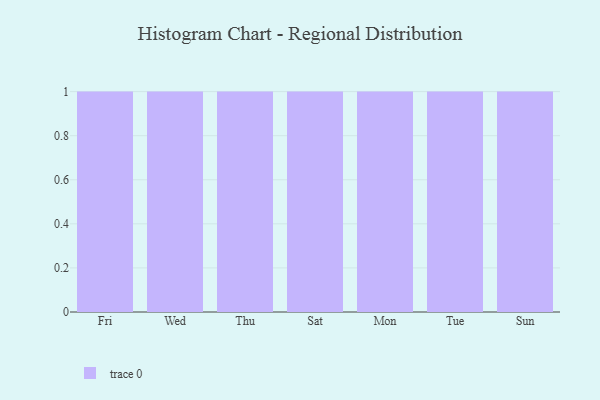
{"axis": {"x": "Day", "y": "Budget (USD K)"}, "legend": [""], "data": [{"x": "Fri", "y": 54, "type": ""}, {"x": "Wed", "y": 95, "type": ""}, {"x": "Thu", "y": 25, "type": ""}, {"x": "Sat", "y": 72, "type": ""}, {"x": "Mon", "y": 23, "type": ""}, {"x": "Tue", "y": 19, "type": ""}, {"x": "Sun", "y": 26, "type": ""}]}